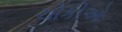
ચોકીઓ